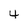
Character: 4